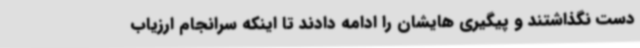
دست نگذاشتند و پیگیری هایشان را ادامه دادند تا اینکه سرانجام ارزیاب